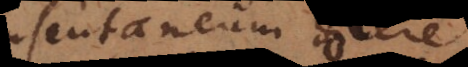
consentaneum docere